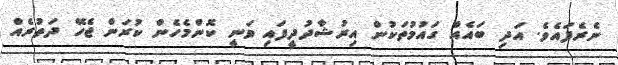
ނެރެފައެވެ. އަދި ބައެއް ގައުމުތަކުން އިރުޝާދުދީފައި ވަނީ ކޮންމެހެން ކުރަން ޖެހޭ ދަތުރެއް